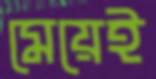
মেয়েই